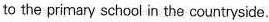
to the primary school in the countryside.